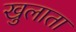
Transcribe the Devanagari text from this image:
खुलाता